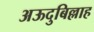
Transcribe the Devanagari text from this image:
अऊदुबिल्लाह